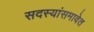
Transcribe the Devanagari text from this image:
सदस्यांसमावेत